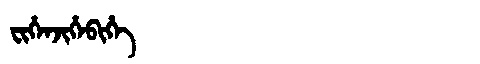
Manchu: ᠸᡳᡥᡝᠨᠵᡳᡥᡝᠪᡳᡥᡝ
Romanization: FIHENJIHEBIHE